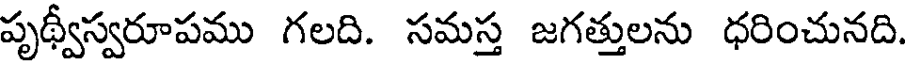
పృథ్వీస్వరూపము గలది. సమస్త జగత్తులను ధరించునది.